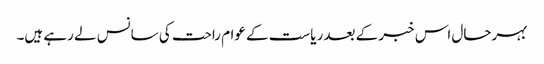
بہرحال اس خبر کے بعد ریاست کے عوام راحت کی سانس لے رہے ہیں۔